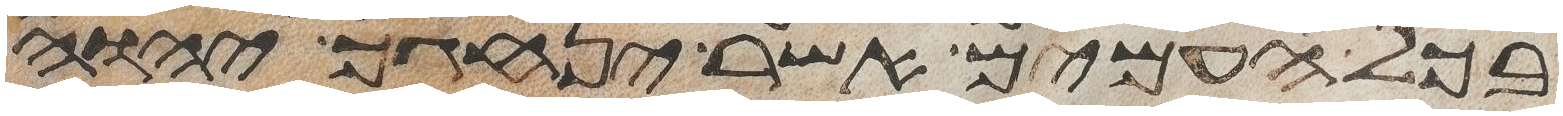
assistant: בכל העמים אשר ינהגך יהוה